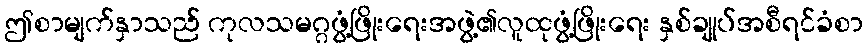
ဤစာမျက်နှာသည် ကုလသမဂ္ဂဖွံ့ဖြိုးရေးအဖွဲ့၏လူထုဖွံ့ဖြိုးရေး နှစ်ချုပ်အစီရင်ခံစာ